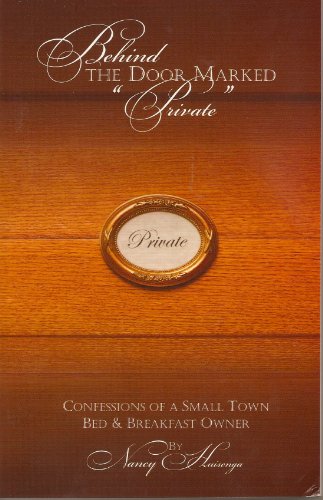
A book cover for Behind the Door Marked Private: Confessions of a Small Town Bed & Breakfast Owner; Nancy Huisenga; Travel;